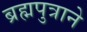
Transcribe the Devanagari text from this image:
ब्रह्मपुत्राने